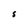
Character: S